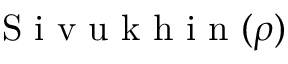
\mathrm { ~ S ~ i ~ v ~ u ~ k ~ h ~ i ~ n ~ } ( \rho )